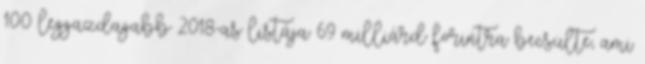
100 leggazdagabb 2018-as listája 69 milliárd forintra becsülte, ami